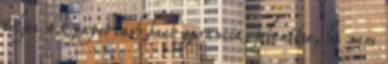
teljes 45 napos cash back garancia, jelentése, ha nem